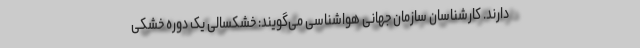
دارند. کارشناسان سازمان جهانی هواشناسی می‌گویند: خشکسالی یک دوره خشکی